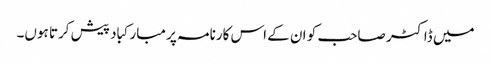
میں ڈاکٹر صاحب کو ان کے اس کارنامہ پر مبارکباد پیش کرتا ہوں۔